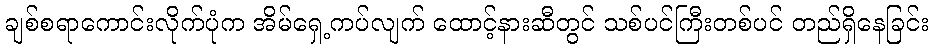
ချစ်စရာကောင်းလိုက်ပုံက အိမ်ရှေ့ကပ်လျက် ထောင့်နားဆီတွင် သစ်ပင်ကြီးတစ်ပင် တည်ရှိနေခြင်း